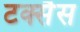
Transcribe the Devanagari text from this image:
टक्सैस